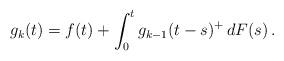
LaTeX: \begin{align*} g_{k}(t)=f(t)+\int_0^tg_{k-1}(t-s)^+\,dF(s)\,. \end{align*}